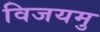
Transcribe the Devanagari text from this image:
विजयमु